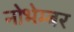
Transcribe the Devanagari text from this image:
नोभेम्बर